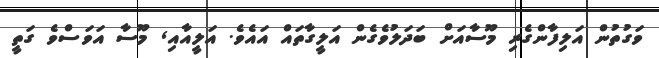
ވަގުތުން އަލިފާންގެރި މޫސާއަށް ބަދަލުވެގެން އަލީގާތައް އައެވެ. އަލީއާއި